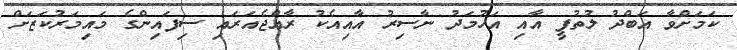
ކަމަށްވާ އަބްދު ލުތުފީ އާއި އަހުމަދު ނާސިރު އާއިއެކު ރާއްޖެއަރައި ސިފައިންގެ މައިމަރުކަޒަށް